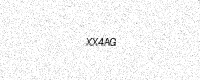
Text: XX4AG